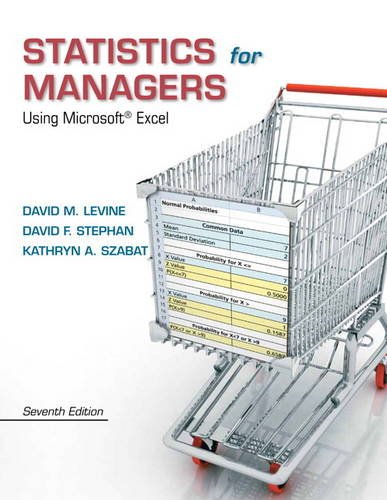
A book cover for Statistics for Managers Using Microsoft Excel (7th Edition); David M. Levine; Computers & Technology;